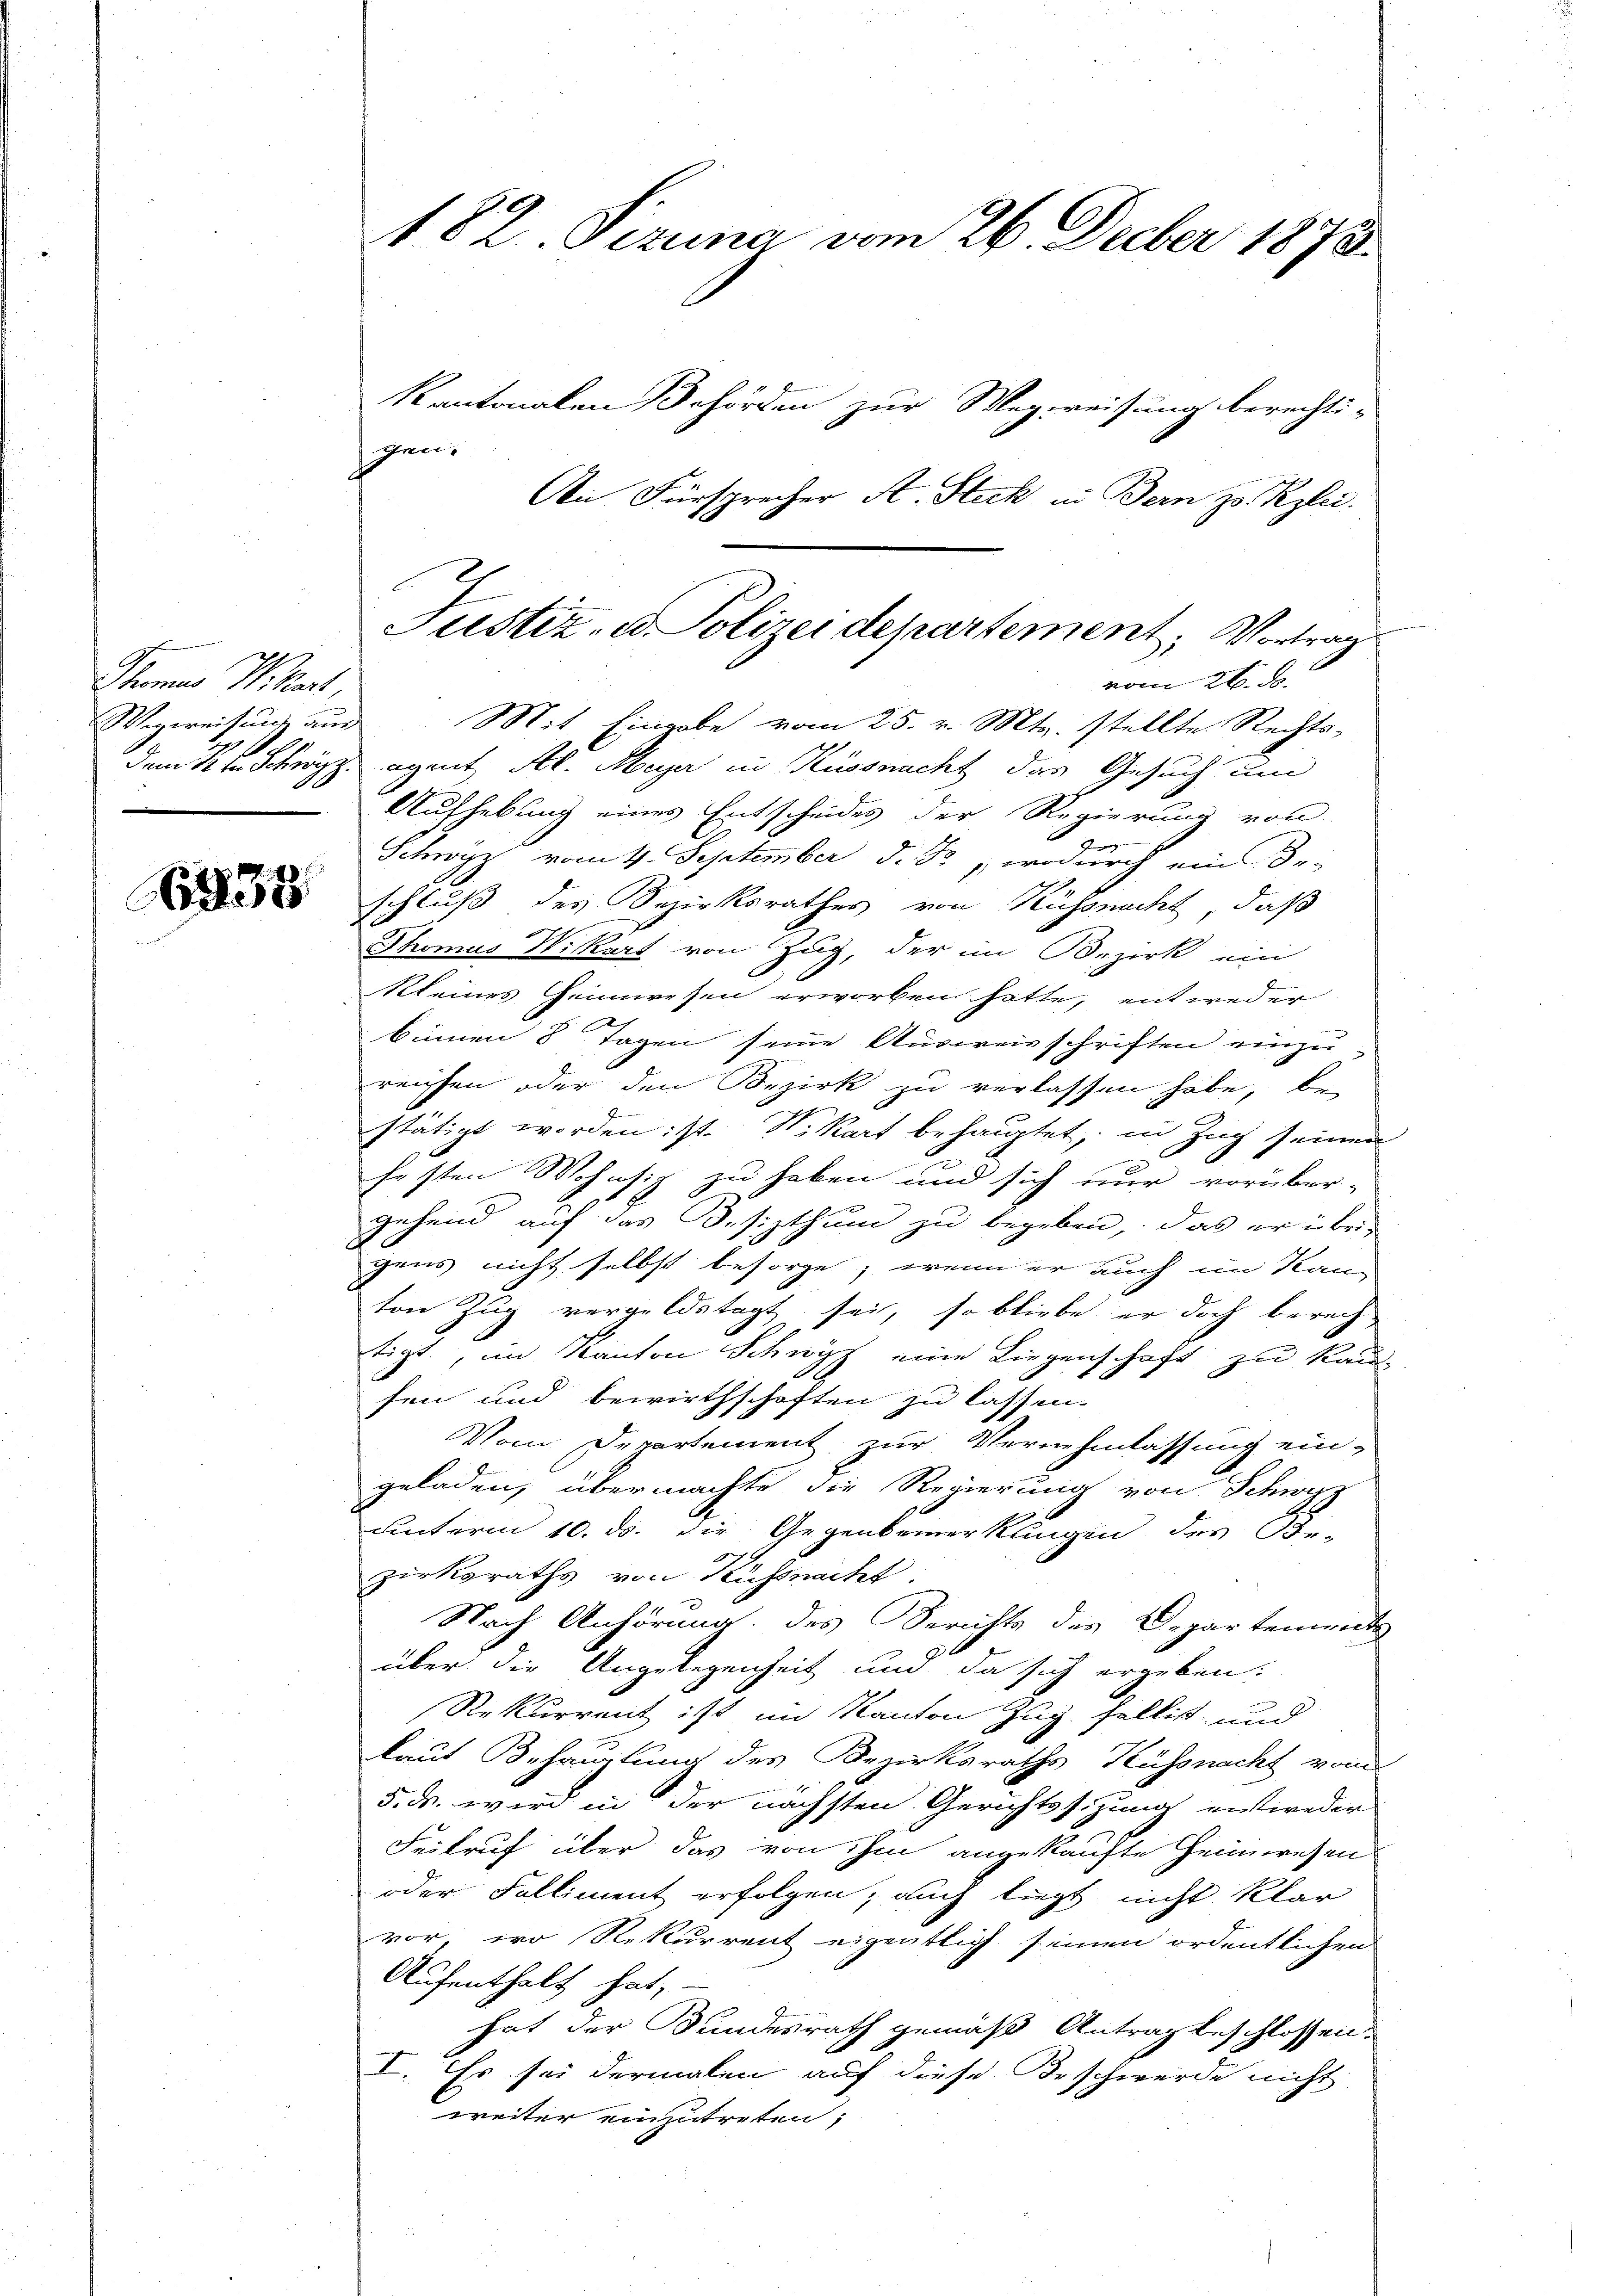
1835

Scheines Wikart,
Wegereisung aus
1

182. Sizung vom 26. Decber 1873.
Kantonalen Behörden zur Wegreisung berechti¬

gen.
An Fürsprecher A. Steck in Bern zu Rzlei.
Mit Eingabe vom 25. v. Mts. stellte Rechtsdem 1 ten Schwyz egent St. Meyer in Küssnacht das Gesuch um
Aufhebung eines Entscheides der Regierung von
g
Schwyz vom 4. September d. J. wodurch ein De-
schluß des Bezirksrathes von Küssnacht, daß
Thomus Wikart von Zug, der im Bezirk ein
Kleines Heimwesen erworben hatte, entweder
h
binnen 8 Tagen seine Ausweisschriften einzureichen oder den Bezirk zu verlassen habe, be-
stätigt worden ist. Wikart behauptet, in Zug seinen
festen Wohnsiz zu haben und sich nur vorüber-
gehend auf das Besizthum zu begeben, das er übrigens nicht selbst besorge, wenn er auch im Kan-
ton Zug vergeldstagt sei, so bliebe er doch berech-
tigt, im Kanton Schwyz eine Liegenschaft zu kaufen und bewirthschaften zu lassen.
Vom Departement zur Vernehmlassung eingeladen, übermachte die Regierung von Schwyz
unterm 10. ds. die Gegenbemerkungen des Be-
zirksraths von Küssnacht.
Nach Anhörung des Berichts des Departement
über die Angelegenheit und da sich ergeben:
Rekurrent ist im Kanton Zug fallist und
laut Behandlung des Bezirksraths Küssnacht vom
5. ds. wird in der nächsten Gerichtssizung entweder
Feitruf über das von ihm angekaufte Heimwesen
oder Falliment erfolgen; auch liegt nicht klar
vor, wo Rekurrent eigentlich seinen ordentlichen
Aufenthalt hat,
hat der Bundesrath gemäß Antrag beschlossen:
I. Es sei dermalen auf diese Beschwerde nicht.
weiter einzutreten;

Justiz- u. Polizei departement, Vortrag
vom 26. d.